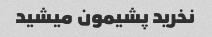
نخرید پشیمون میشید